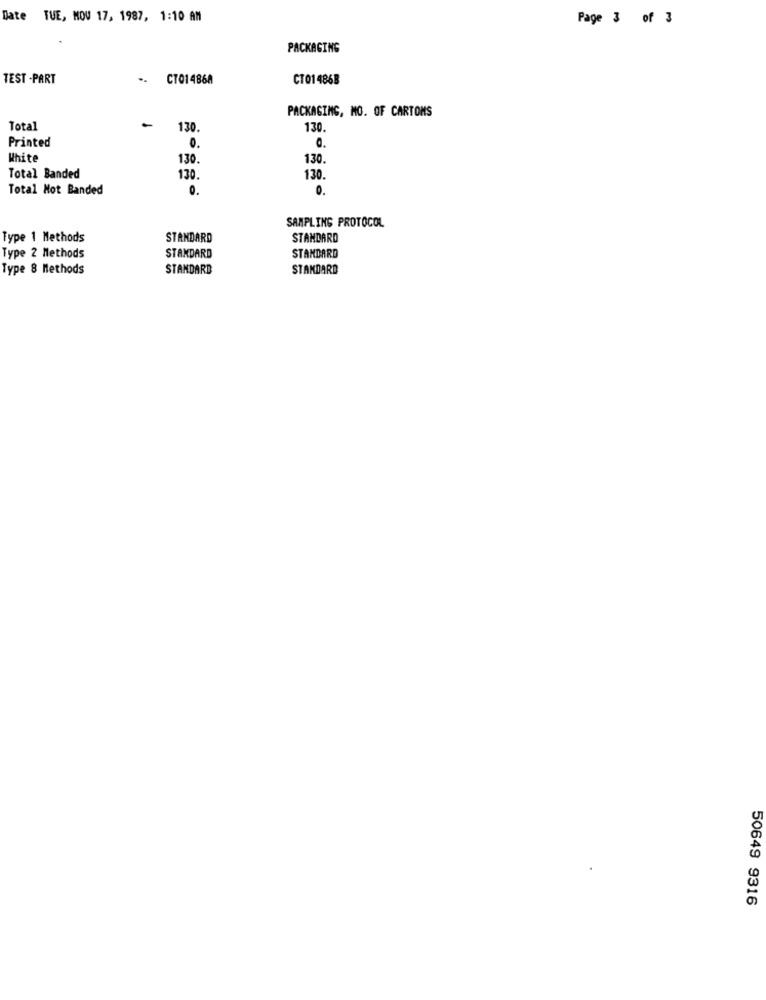
Date TUE, MOU 17, 1987, 1:10 AM
Page 3 of 3
PACKAGING
TEST - PART
.
CT01486A
CT01 486B
PACKAGING, MO. OF CARTONS
-
Total
130.
130.
Printed
0.
0.
White
130.
130.
Total Banded
130.
130
Total Not Banded
0.
0.
SAMPLING PROTOCOL
Type 1 Methods
STANDARD
STANDARD
Type 2 Methods
STANDARD
STANDARD
Type 8 Methods
STANDARD
STANDARD
50649 9316